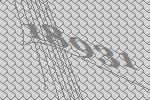
18931